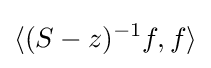
\langle (S-z)^{-1}f,f\rangle